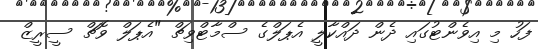
ފަހު މި އިވެންޓުގައި ދެން ދައްކާލީ އެޕަލްގެ ސްމާޓްވިޗް "އެޕަލް ވޮޗް ސީރީޒް